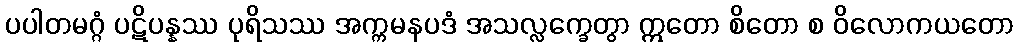
ပပါတမဂ္ဂံ ပဋိပန္နဿ ပုရိသဿ အက္ကမနပဒံ အသလ္လက္ခေတွာ ဣတော စိတော စ ဝိလောကယတော